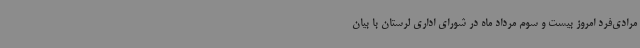
مرادی‌فرد امروز بیست و سوم مرداد ماه در شورای اداری لرستان با بیان